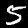
Label: 5